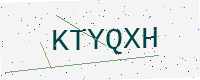
Text: KTYQXH